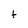
Character: t